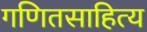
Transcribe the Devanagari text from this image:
गणितसाहित्य